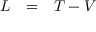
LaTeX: \begin{array} { r c l } { L } & { = } & { T - V } \end{array}